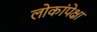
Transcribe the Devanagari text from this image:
लोकांपेक्षा